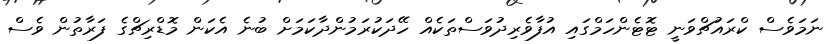
ނަމަވެސް ކްރައުޗްވަނީ ޓޮޓެންހަމްގައި އުފާވެރިދުވަސްތަކެއް ހޭދަކުރަމުންދާކަމަށް ބުނެ އެކަން މޮޑްރިޗްގެ ފަރާތުން ވެސް